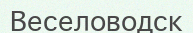
Веселоводск